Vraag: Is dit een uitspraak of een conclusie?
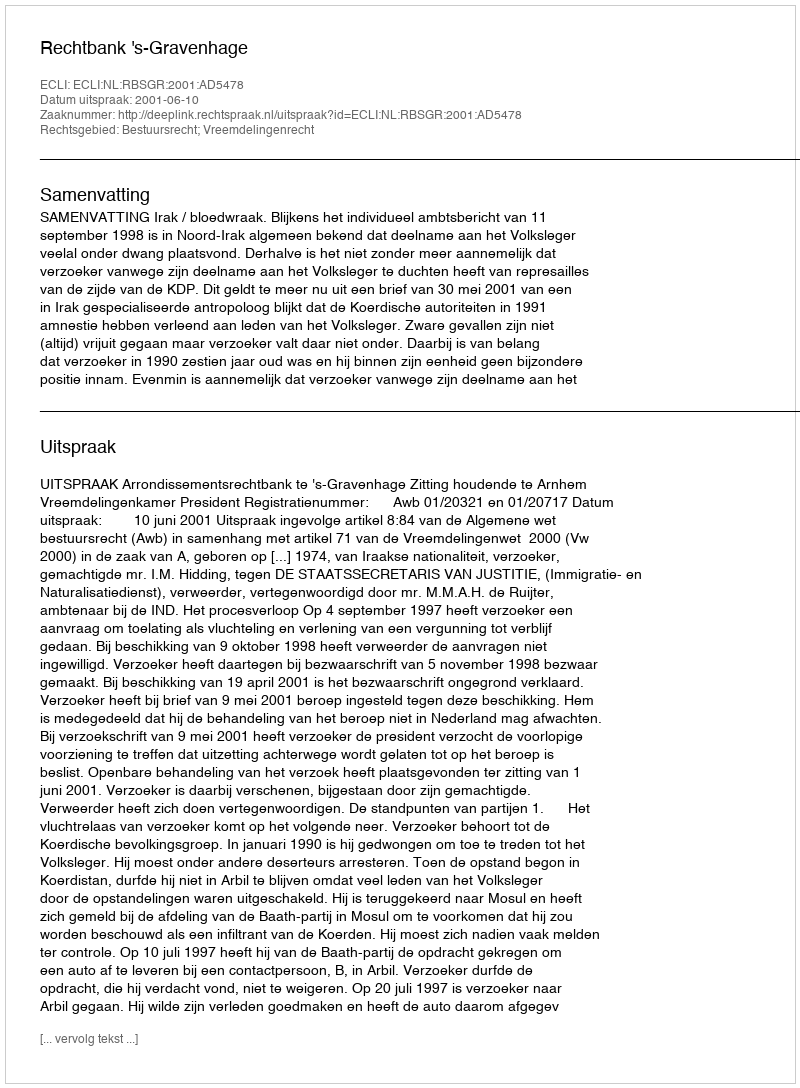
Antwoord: Uitspraak